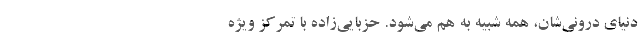
دنياي دروني‌شان، همه شبيه به هم مي‌شود. حزبايي‌زاده با تمركز ويژه